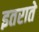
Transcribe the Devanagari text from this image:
इतराते